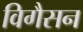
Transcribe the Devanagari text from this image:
विगैसन